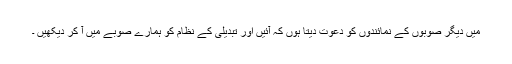
میں دیگر صوبوں کے نمائندوں کو دعوت دیتا ہوں کہ آئیں اور تبدیلی کے نظام کو ہمارے صوبے میں آ کر دیکھیں ۔